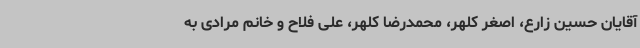
آقایان حسین زارع، اصغر کلهر، محمدرضا کلهر، علی فلاح و خانم مرادی به